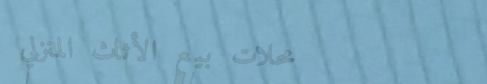
محلات بيع الأثاث المنزلي